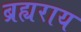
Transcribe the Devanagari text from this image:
ब्रह्यराय